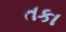
તકા